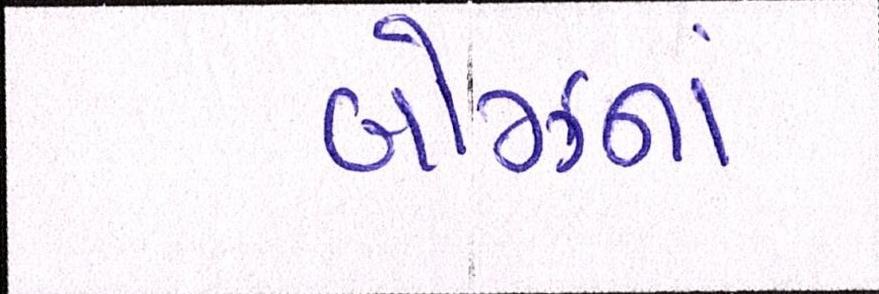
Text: બોઝનાં